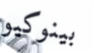
بينوكيو